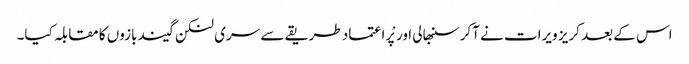
اس کے بعد کریز ویرات نے آکر سنبھالی اور پْراعتماد طریقے سے سری لنکن گیند بازوں کا مقابلہ کیا۔